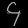
Digit: ၄